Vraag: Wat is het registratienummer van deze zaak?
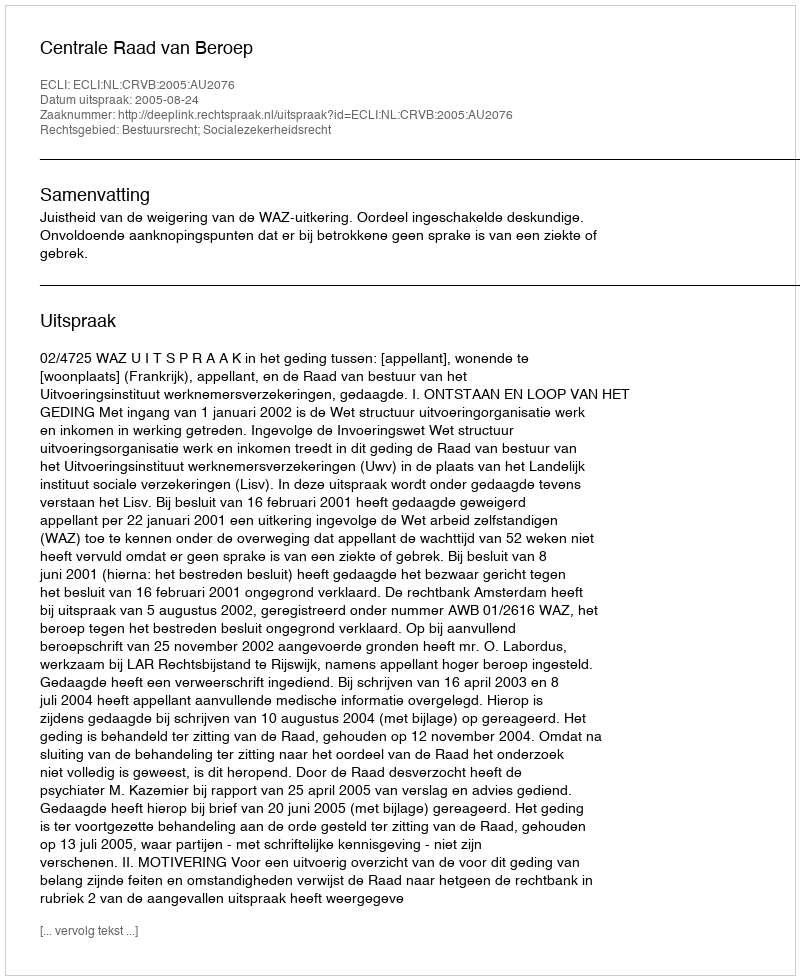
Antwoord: http://deeplink.rechtspraak.nl/uitspraak?id=ECLI:NL:CRVB:2005:AU2076